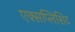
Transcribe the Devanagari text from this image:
एक्सप्लिशिट